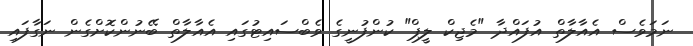
ނަމަވެސް އެއާލާތް އުފައްދާ "މެޖިކް ލީޕް" ކުންފުނީގެ ވެބްސައިޓުގައި އެއާލާތް ބޭނުންކޮށްގެން ނަގާފައި